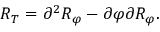
R _ { T } = \partial ^ { 2 } R _ { \varphi } - \partial \varphi \partial R _ { \varphi } .